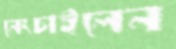
নেংচাইলেন